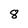
Character: 8